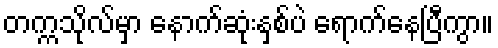
တက္ကသိုလ်မှာ နောက်ဆုံးနှစ်ပဲ ရောက်နေပြီကွာ။